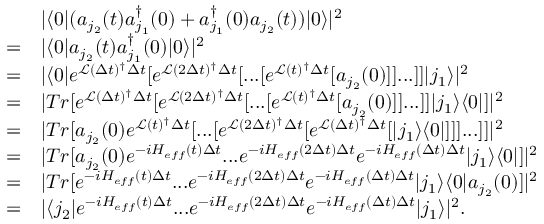
\begin{array} { r l } & { | \langle 0 | ( a _ { j _ { 2 } } ( t ) a _ { j _ { 1 } } ^ { \dagger } ( 0 ) + a _ { j _ { 1 } } ^ { \dagger } ( 0 ) a _ { j _ { 2 } } ( t ) ) | 0 \rangle | ^ { 2 } } \\ { = } & { | \langle 0 | a _ { j _ { 2 } } ( t ) a _ { j _ { 1 } } ^ { \dagger } ( 0 ) | 0 \rangle | ^ { 2 } } \\ { = } & { | \langle 0 | e ^ { \mathcal { L } ( \Delta t ) ^ { \dagger } \Delta t } [ e ^ { \mathcal { L } ( 2 \Delta t ) ^ { \dagger } \Delta t } [ . . . [ e ^ { \mathcal { L } ( t ) ^ { \dagger } \Delta t } [ a _ { j _ { 2 } } ( 0 ) ] ] . . . ] ] | j _ { 1 } \rangle | ^ { 2 } } \\ { = } & { | T r [ e ^ { \mathcal { L } ( \Delta t ) ^ { \dagger } \Delta t } [ e ^ { \mathcal { L } ( 2 \Delta t ) ^ { \dagger } \Delta t } [ . . . [ e ^ { \mathcal { L } ( t ) ^ { \dagger } \Delta t } [ a _ { j _ { 2 } } ( 0 ) ] ] . . . ] ] | j _ { 1 } \rangle \langle 0 | ] | ^ { 2 } } \\ { = } & { | T r [ a _ { j _ { 2 } } ( 0 ) e ^ { \mathcal { L } ( t ) ^ { \dagger } \Delta t } [ . . . [ e ^ { \mathcal { L } ( 2 \Delta t ) ^ { \dagger } \Delta t } [ e ^ { \mathcal { L } ( \Delta t ) ^ { \dagger } \Delta t } [ | j _ { 1 } \rangle \langle 0 | ] ] ] . . . ] ] | ^ { 2 } } \\ { = } & { | T r [ a _ { j _ { 2 } } ( 0 ) e ^ { - i H _ { e f f } ( t ) \Delta t } . . . e ^ { - i H _ { e f f } ( 2 \Delta t ) \Delta t } e ^ { - i H _ { e f f } ( \Delta t ) \Delta t } | j _ { 1 } \rangle \langle 0 | ] | ^ { 2 } } \\ { = } & { | T r [ e ^ { - i H _ { e f f } ( t ) \Delta t } . . . e ^ { - i H _ { e f f } ( 2 \Delta t ) \Delta t } e ^ { - i H _ { e f f } ( \Delta t ) \Delta t } | j _ { 1 } \rangle \langle 0 | a _ { j _ { 2 } } ( 0 ) ] | ^ { 2 } } \\ { = } & { | \langle j _ { 2 } | e ^ { - i H _ { e f f } ( t ) \Delta t } . . . e ^ { - i H _ { e f f } ( 2 \Delta t ) \Delta t } e ^ { - i H _ { e f f } ( \Delta t ) \Delta t } | j _ { 1 } \rangle | ^ { 2 } . } \end{array}